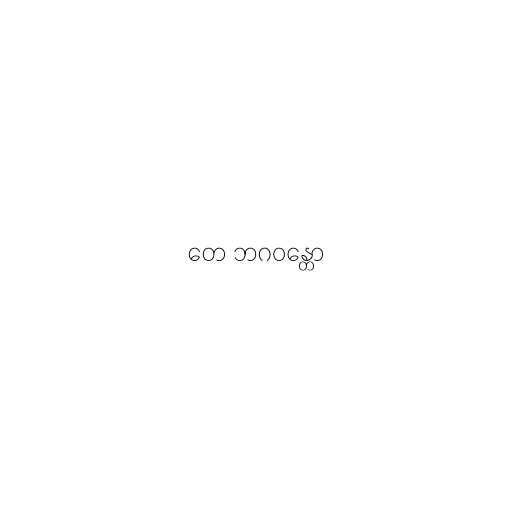
တေ ဘဂဝန္တော